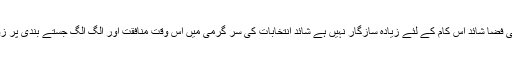
اس وقت ملک کی فضا شائد اس کام کے لئے زیادہ سازگار نہیں ہے شائد انتخابات کی سر گرمی میں اس وقت منافقت اور الگ الگ جستے بندی پر زور دیاجارہا ہے۔